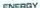
ENERGY